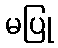
မပြု